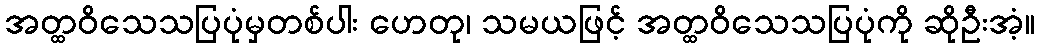
အတ္ထဝိသေသပြပုံမှတစ်ပါး ဟေတု၊ သမယဖြင့် အတ္ထဝိသေသပြပုံကို ဆိုဦးအံ့။